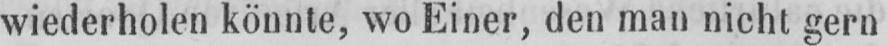
wiederholen könnte, wo Einer, den man nicht gern